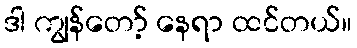
ဒါ ကျွန်တော့် နေရာ ထင်တယ်။